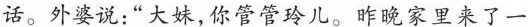
话。外婆说:“大妹,你管管玲儿。昨晚家里来了一